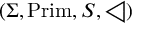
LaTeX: ( \Sigma , { \mathrm { P r i m } } , S , \triangleleft )